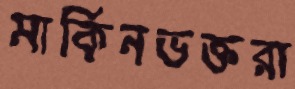
মার্কিনভক্তরা